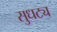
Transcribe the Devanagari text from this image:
सुधट्य